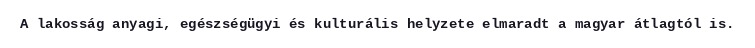
A lakosság anyagi, egészségügyi és kulturális helyzete elmaradt a magyar átlagtól is.